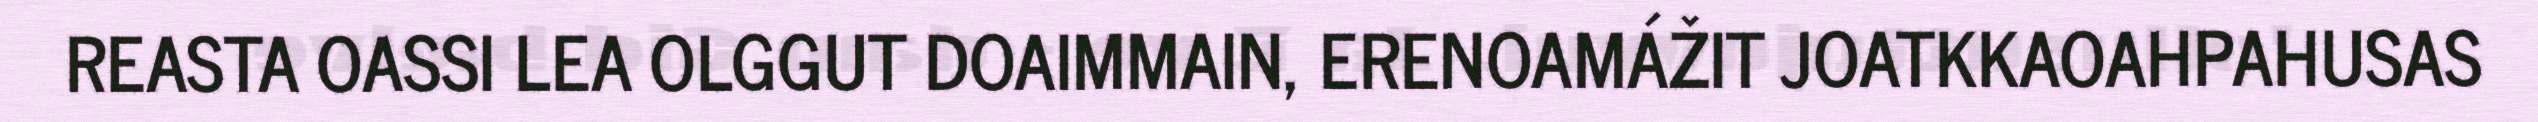
REASTA OASSI LEA OLGGUT DOAIMMAIN, ERENOAMÁŽIT JOATKKAOAHPAHUSAS